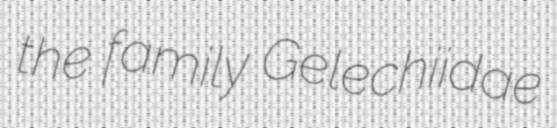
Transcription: the family Gelechiidae